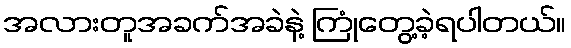
အလားတူအခက်အခဲနဲ့ ကြုံတွေ့ခဲ့ရပါတယ်။